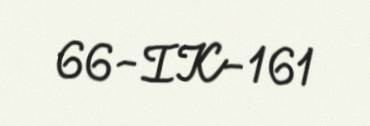
66-IK-161